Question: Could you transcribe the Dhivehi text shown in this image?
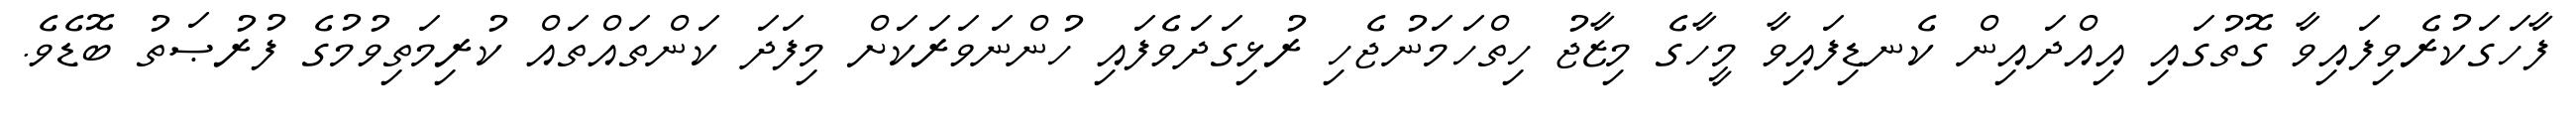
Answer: ފާހަގަކުރެވިފައިވާ ގޮތުގައި އިއްދައިން ކެނޑިފައިވާ މީހާގެ މިޒާޖު ހިތްހަމަނުޖެހި ރުޅިގަދަވެފައި ހުންނަވަރަކަށް މިފަދަ ކަންތައްތައް ކުރިމަތިވުމުގެ ފުރުޞަތު ބޮޑެވެ.